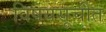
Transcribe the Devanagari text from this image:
विषयसूचीत